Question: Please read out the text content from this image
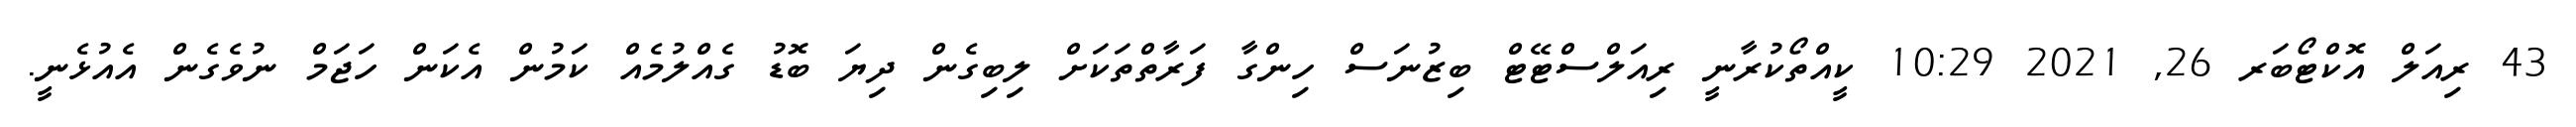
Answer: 43 ރިއަލް އޮކްޓޯބަރ 26, 2021 10:29 ކީއްތޯކުރާނީ ރިއަލްސްޓޭޓް ބިޒުނަސް ހިންގާ ފަރާތްތަކަށް ލިބިގެން ދިޔަ ބޮޑު ގެއްލުމެއް ކަމުން އެކަން ހަޖަމް ނުވެގެން އެއުޅެނީ.